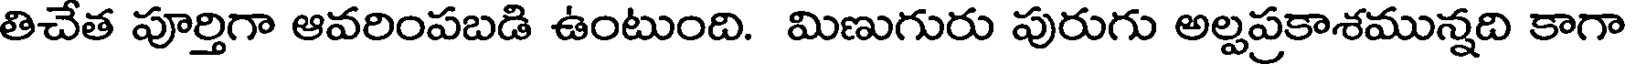
తిచేత పూర్తిగా ఆవరింపబడి ఉంటుంది. మిణుగురు పురుగు అల్పప్రకాశమున్నది కాగా